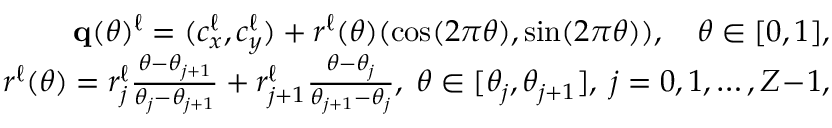
\begin{array} { r } { \mathbf q ( \theta ) ^ { \ell } = ( c _ { x } ^ { \ell } , c _ { y } ^ { \ell } ) + r ^ { \ell } ( \theta ) ( \cos ( 2 \pi \theta ) , \sin ( 2 \pi \theta ) ) , \quad \theta \in [ 0 , 1 ] , } \\ { r ^ { \ell } ( \theta ) = r _ { j } ^ { \ell } { \frac { \theta - \theta _ { j + 1 } } { \theta _ { j } - \theta _ { j + 1 } } } + r _ { j + 1 } ^ { \ell } { \frac { \theta - \theta _ { j } } { \theta _ { j + 1 } - \theta _ { j } } } , \; \theta \in [ \theta _ { j } , \theta _ { j + 1 } ] , \; j = 0 , 1 , \ldots , Z \! - \! 1 , } \end{array}